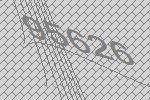
95626